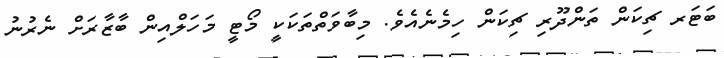
ބަޓަރ ޗިކަން ތަންދޫރި ޗިކަން ހިމެނެއެވެ. މިބާވަތްތަކަކީ މޯޓީ މަހަލްއިން ބާޒާރަށް ނެރުނު